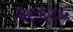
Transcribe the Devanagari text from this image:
४८६८५